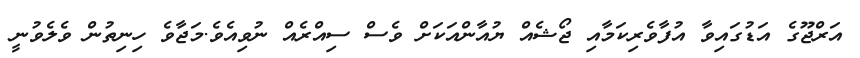
އަރްޖޫގެ އަޑުގައިވާ އުފާވެރިކަމާއި ޖޯޝެއް ޔުއާންއަކަށް ވެސް ސިއްރެއް ނުވިއެވެ.މަޖާވެ ހިނިތުން ވެލެވުނީ